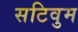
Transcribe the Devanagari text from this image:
सटिवुम